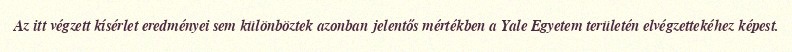
Az itt végzett kísérlet eredményei sem különböztek azonban jelentős mértékben a Yale Egyetem területén elvégzettekéhez képest.